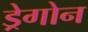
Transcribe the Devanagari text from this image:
ड्रेगोन